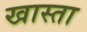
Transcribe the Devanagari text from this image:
खास्ता